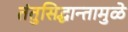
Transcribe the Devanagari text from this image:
तंतुसिद्धान्तामुळे